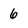
Character: 6